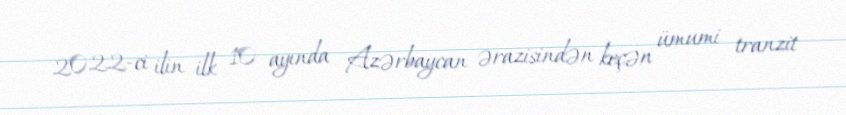
2022-ci ilin ilk 10 ayında Azərbaycan ərazisindən keçən ümumi tranzit